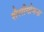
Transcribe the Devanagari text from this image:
शैलीयोजना